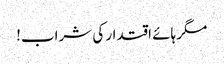
مگر ہائے اقتدار کی شراب!